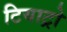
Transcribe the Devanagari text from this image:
टियाट्रो